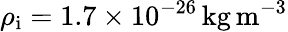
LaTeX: \rho_{\mathrm{i}}=1.7\times 10^{-26}\, \mathrm{kg}\, \mathrm{m}^{-3}